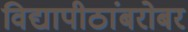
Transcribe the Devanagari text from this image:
विद्यापीठांबरोबर